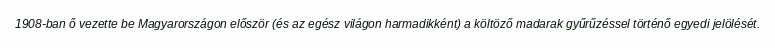
1908-ban ő vezette be Magyarországon először (és az egész világon harmadikként) a költöző madarak gyűrűzéssel történő egyedi jelölését.